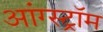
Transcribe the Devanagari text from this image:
आंग्स्ट्रॉम